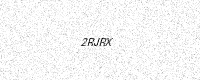
Text: 2RJRX